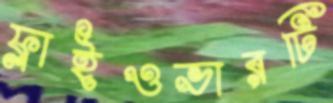
ফ্লাইওভারটি